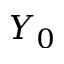
Y _ { 0 }